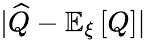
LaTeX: \lvert\widehat{Q}-\mathbb{E}_{\xi}\left[Q\right]\lvert